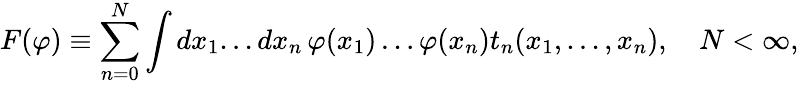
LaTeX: F(\varphi)\equiv\sum_{n=0}^{N}\int dx_{1}...dx_{n}\, \varphi(x_{1})\ldots\varphi(x_{n})t_{n}(x_{1},...,x_{n}),\quad N<\infty,